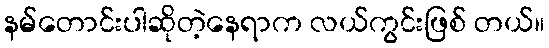
နမ်တောင်းပါဆိုတဲ့နေရာက လယ်ကွင်းဖြစ် တယ်။